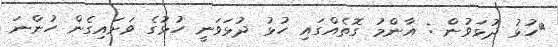
ހުޅު ދުޅަވުން : އާންމު ގޮތެއްގައި ހުޅު ދުޅަވަނީ ހުޅުގެ ވަށައިގެން ހުންނަ